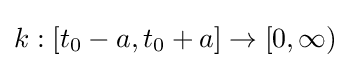
k:[t_{0}-a,t_{0}+a]\to [0,\infty )